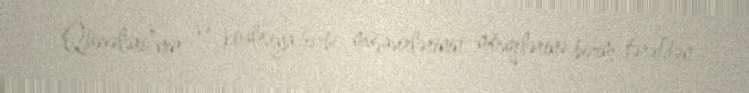
Qüvvələri”nin və koalisiya hərbi müşavirlərinin mövqelərinə bizim tərəfdən